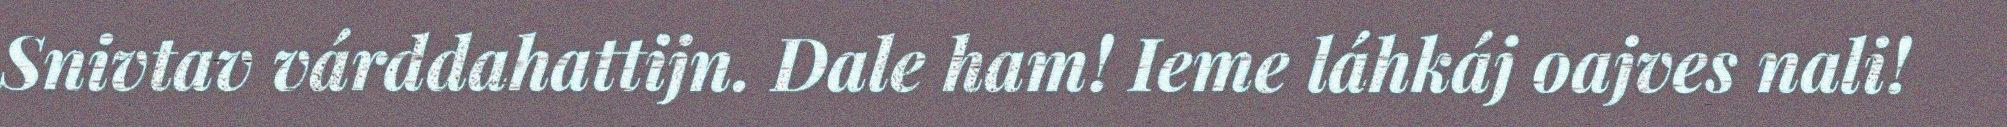
Snivtav várddahattijn. Dale ham! Ieme láhkáj oajves nali!